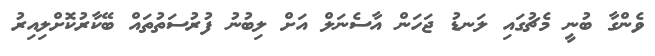
ވެންގާ ބުނީ މެޗުގައި ލަނޑު ޖަހަން އާސެނަލް އަށް ލިބުނު ފުރުސަތުތައް ބޭކާރުކޮށްލިއިރު